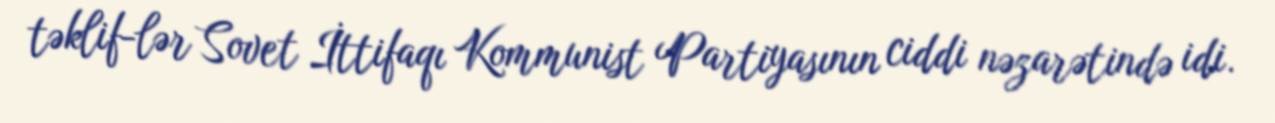
təklif­lər Sovet İttifaqı Kommunist Partiyasının ciddi nəzarətində idi.